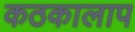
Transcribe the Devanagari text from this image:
कठकालाप